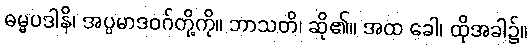
ဓမ္မပဒါနိ၊ အပ္ပမာဒဝဂ်တို့ကို။ ဘာသတိ၊ ဆို၏။ အထ ခေါ၊ ထိုအခါ၌။